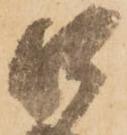
口